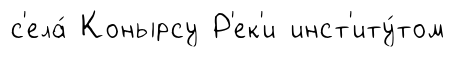
с'ела́ Конырсу Р'ек'и инст'иту́том